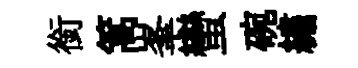
銜篙峯蠻碗繡